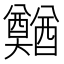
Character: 𲆿